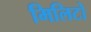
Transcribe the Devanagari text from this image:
मिलिटो